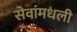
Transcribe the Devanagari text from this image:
सेवांमधली